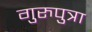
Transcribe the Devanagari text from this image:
गुरुपुत्रा